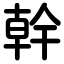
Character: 幹